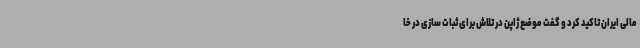
مالی ایران تاکید کرد و گفت موضع ژاپن در تلاش برای ثبات سازی در خا